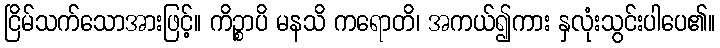
ငြိမ်သက်သောအားဖြင့်။ ကိဉ္စာပိ မနသိ ကရောတိ၊ အကယ်၍ကား နှလုံးသွင်းပါပေ၏။